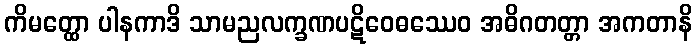
ကိမတ္ထော ပါနကာဒိ သာမညလက္ခဏပဋိဝေဓဿေဝ အဓိဂတတ္တာ အကတာနိ